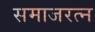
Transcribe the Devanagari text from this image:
समाजरत्न